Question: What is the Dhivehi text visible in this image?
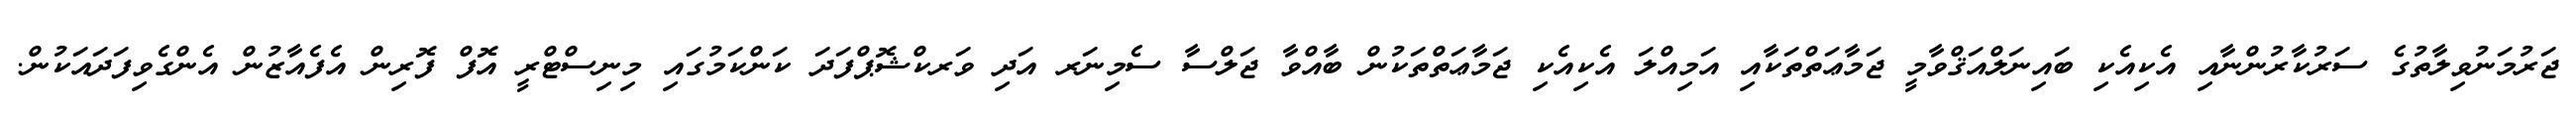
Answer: ޖަރުމަނުވިލާތުގެ ސަރުކާރުންނާއި އެކިއެކި ބައިނަލްއަޤްވާމީ ޖަމާޢަތްތަކާއި އަމިއްލަ އެކިއެކި ޖަމާޢަތްތަކުން ބާއްވާ ޖަލްސާ ސެމިނަރ އަދި ވަރކްޝޮޕްފަދަ ކަންކަމުގައި މިނިސްޓްރީ އޮފް ފޮރިން އެފެއާޒުން އެންގެވިފަދައަކުން.